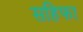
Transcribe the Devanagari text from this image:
सहिफा